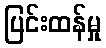
ပြင်းထန်မှု